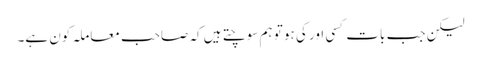
لیکن جب بات کسی اور کی ہو تو ہم سوچتے ہیں کہ صاحبِ معاملہ کون ہے۔